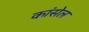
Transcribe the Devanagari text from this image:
कांसेल